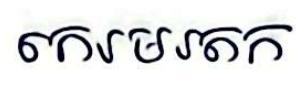
កេរមរតក